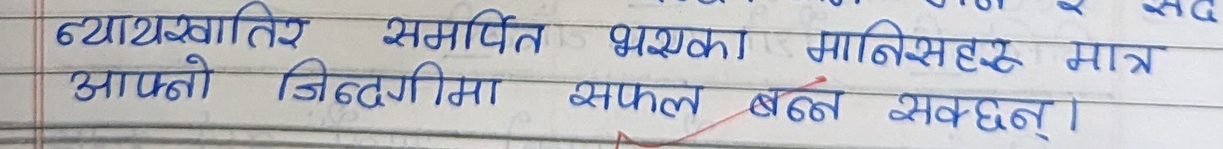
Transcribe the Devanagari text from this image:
ब्याख्यातिर समर्पित भएका मानिसहरु मात्र
आफ्नो जिन्दगीमा सफल बन्न सक्छन्‌।